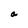
Character: a